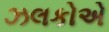
ઝલકોએ